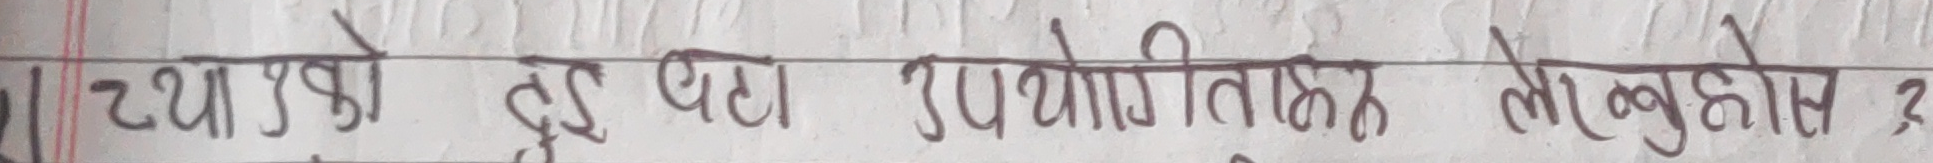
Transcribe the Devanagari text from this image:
थ्याङ्गको दुई तथा उपयोगिता के हो ?